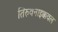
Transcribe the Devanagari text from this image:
तिरुवनाइक्कवल